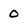
Character: 0